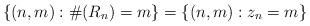
LaTeX: \begin{align*}\{(n,m): \#(R_{n})=m\}=\{(n,m):z_{n}=m\}\end{align*}